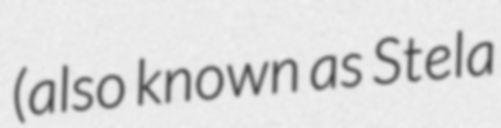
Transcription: (also known as Stela